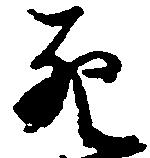
死